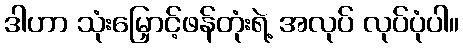
ဒါဟာ သုံးမြှောင့်ဖန်တုံးရဲ့ အလုပ် လုပ်ပုံပါ။